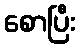
စောပြီး